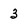
Character: 3